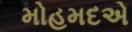
મોહમદએ